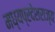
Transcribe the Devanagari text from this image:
मध्यप्रदेशराज्य